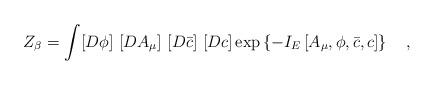
LaTeX: \begin{align*}Z_{\beta}=\int [D\phi]~ [DA_{\mu}]~[D\bar{c}]~[D c]\exp\left\{-I_E\left[A_{\mu},\phi,\bar{c},c\right] \right\}~~~,\end{align*}